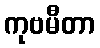
ကုဗမီတာ